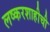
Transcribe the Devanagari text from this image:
लष्करशाहीची